Plague in India, 1896, 1897 - Volume 1
Year: 1896
Disease focus: Plague
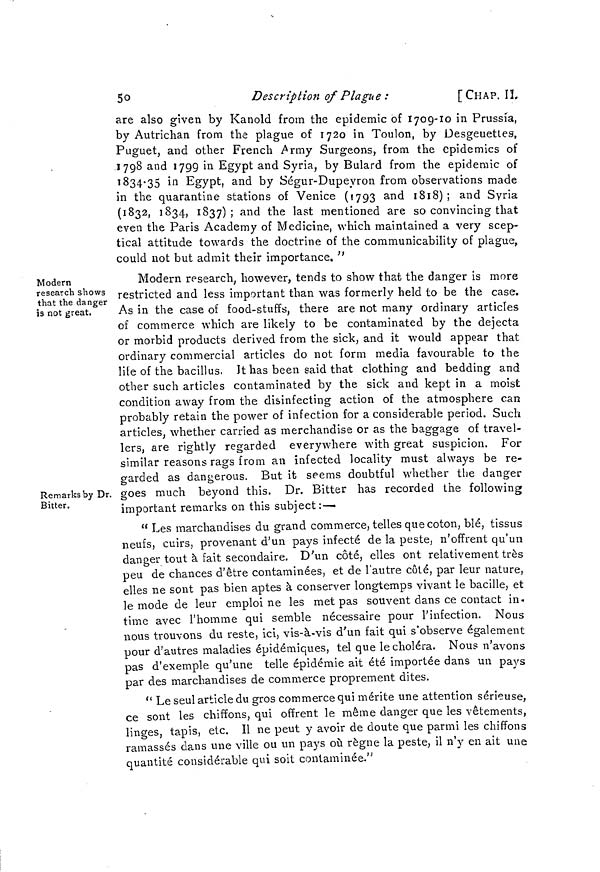
50
Description of Plague :
[CHAP. IL
are also given by Kanold from the epidemic of 1709-10 in Prussia,
by Autrichan from the plague of 1720 in Toulon, by Desgeuettes,
Puguet, and other French Army Surgeons, from the epidemics of
1798 and 1799 in Egypt and Syria, by Bulard from the epidemic of
1834·35 in Egypt, and by Ségur-Dupeyron from observations made
in the quarantine stations of Venice (1793 and 1818) ; and Syria
(1832, 1834, 1837) ; and the last mentioned are so convincing that
even the Paris Academy of Medicine, which maintained a very scep-
tical attitude towards the doctrine of the communicability of plague,
could not but admit their importance. "
Modern
research shows
that the danger
is not great.
Remarks by Dr.
Bitter.
Modern research, however, tends to show that the danger is more
restricted and less important than was formerly held to be the case.
As in the case of food-stuffs, there are not many ordinary articles
of commerce which are likely to be contaminated by the dejecta
or morbid products derived from the sick, and it would appear that
ordinary commercial articles do not form media favourable to the
lite of the bacillus. It has been said that clothing and bedding and
other such articles contaminated by the sick and kept in a moist
condition away from the disinfecting action of the atmosphere can
probably retain the power of infection for a considerable period. Such
articles, whether carried as merchandise or as the baggage of travel-
lers, are rightly regarded everywhere with great suspicion. For
similar reasons rags from an infected locality must always be re-
garded as dangerous. But it seems doubtful whether the danger
goes much beyond this. Dr. Bitter has recorded the following
important remarks on this subject :—
" Les marchandises du grand commerce, telles que coton, blé, tissus
neufs, cuirs, provenant d'un pays infecté de la peste, n'offrent qu'un
danger tout à fait secondaire. D'un côté, elles ont relativement très
peu de chances d'être contaminées, et de l'autre côté, par leur nature,
elles ne sont pas bien aptes à conserver longtemps vivant le bacille, et
le mode de leur emploi ne les met pas souvent dans ce contact in-
time avec l'homme qui semble nécessaire pour l'infection. Nous
nous trouvons du reste, ici, vis-à-vis d'un fait qui s'observe également
pour d'autres maladies épidémiques, tel que le choléra. Nous n'avons
pas d'exemple qu'une telle épidémie ait été importée dans un pays
par des marchandises de commerce proprement dites.
" Le seul article du gros commerce qui mérite une attention sérieuse,
ce sont les chiffons, qui offrent le même danger que les vêtements,
linges, tapis, etc. Il ne peut y avoir de doute que parmi les chiffons
ramassés dans une ville ou un pays où règne la peste, il n'y en ait une
quantité considérable qui soit contaminée,"